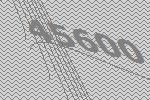
45600